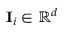
\mathbf { I } _ { i } \in \mathbb { R } ^ { d }